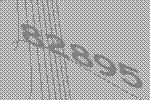
82895